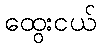
ထွေးငယ်